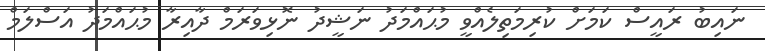
ނައިބު ރައީސް ކަމަށް ކުރިމަތިލެއްވީ މުޙައްމަދު ނަޝީދު ނޮޅިވަރަމް ދާއިރާ މުޙައްމަދު އަސްލަމް